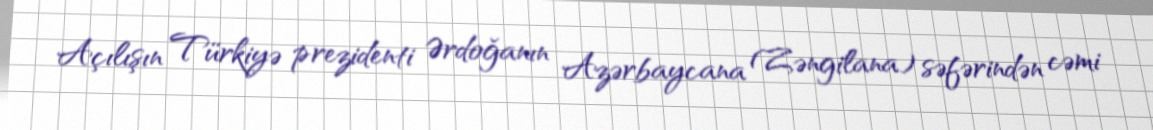
Açılışın Türkiyə prezidenti Ərdoğanın Azərbaycana (Zəngilana) səfərindən cəmi